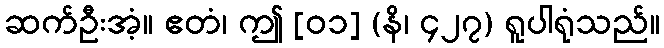
ဆက်ဦးအံ့။ ဧတံ၊ ဤ [၀၁] (နိ၊ ၄၂၇) ရူပါရုံသည်။